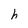
Character: h